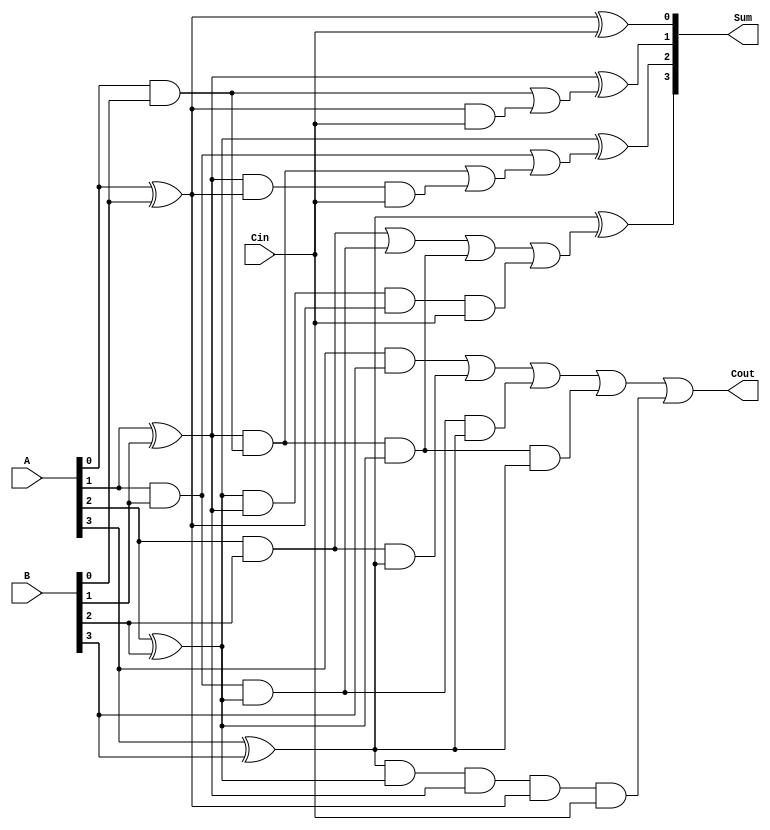
`timescale 1ns / 1ps
//////////////////////////////////////////////////////////////////////////////////
// Company: 
// Engineer: 
// 
// Design Name: 
// Module Name: Carry_look _Ahead_4Bit
// Project Name: 
// Target Devices: 
// Tool Versions: 
// Description: 
// 
// Dependencies: 
// 
// Revision:
// Revision 0.01 - File Created
// Additional Comments:
// 
//////////////////////////////////////////////////////////////////////////////////


module Carry_look_Ahead_4Bit
(
input [3:0] A,
input [3:0] B,
input Cin,
output [3:0] Sum,
output Cout
);

reg G0,G1,G2,G3,P0,P1,P2,P3;
wire c1,c2,c3;


always@* begin
 P0 <= A[0] ^ B[0];
 G0 <= A[0] & B[0];
 P1 <= A[1] ^ B[1];
 G1 <= A[1] & B[1];
 P2 <= A[2] ^ B[2];
 G2 <= A[2] & B[2];
 P3 <= A[3] ^ B[3];
 G3 <= A[3] & B[3];

end 

assign Sum[0] = P0 ^ Cin;
assign c1 = G0 | (P0 & Cin);



assign Sum[1] = P1 ^ c1;
assign c2 = G1 | ((P1 & G0) | (P1 & P0 & Cin));


assign Sum[2] = P2 ^ c2;
assign c3 = G2 | (G1 & P2) | (G0 & P1 &P2) | (P2 & P1 & P0 & Cin);


assign Sum[3] = P3 ^ c3;
assign Cout = G3 | (G2 & P3) | (G1 & P2 & P3) | (G0 & P1 & P2 & P3) | (P3 & P2 & P1 & P0 & Cin);

endmodule